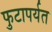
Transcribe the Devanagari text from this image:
फुटापर्यत